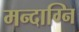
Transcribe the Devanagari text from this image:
मन्‍दाग्नि